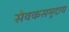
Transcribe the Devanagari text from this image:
सेवकसमुदाय